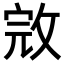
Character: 𢽉